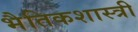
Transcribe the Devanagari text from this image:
भैतिकशास्त्री